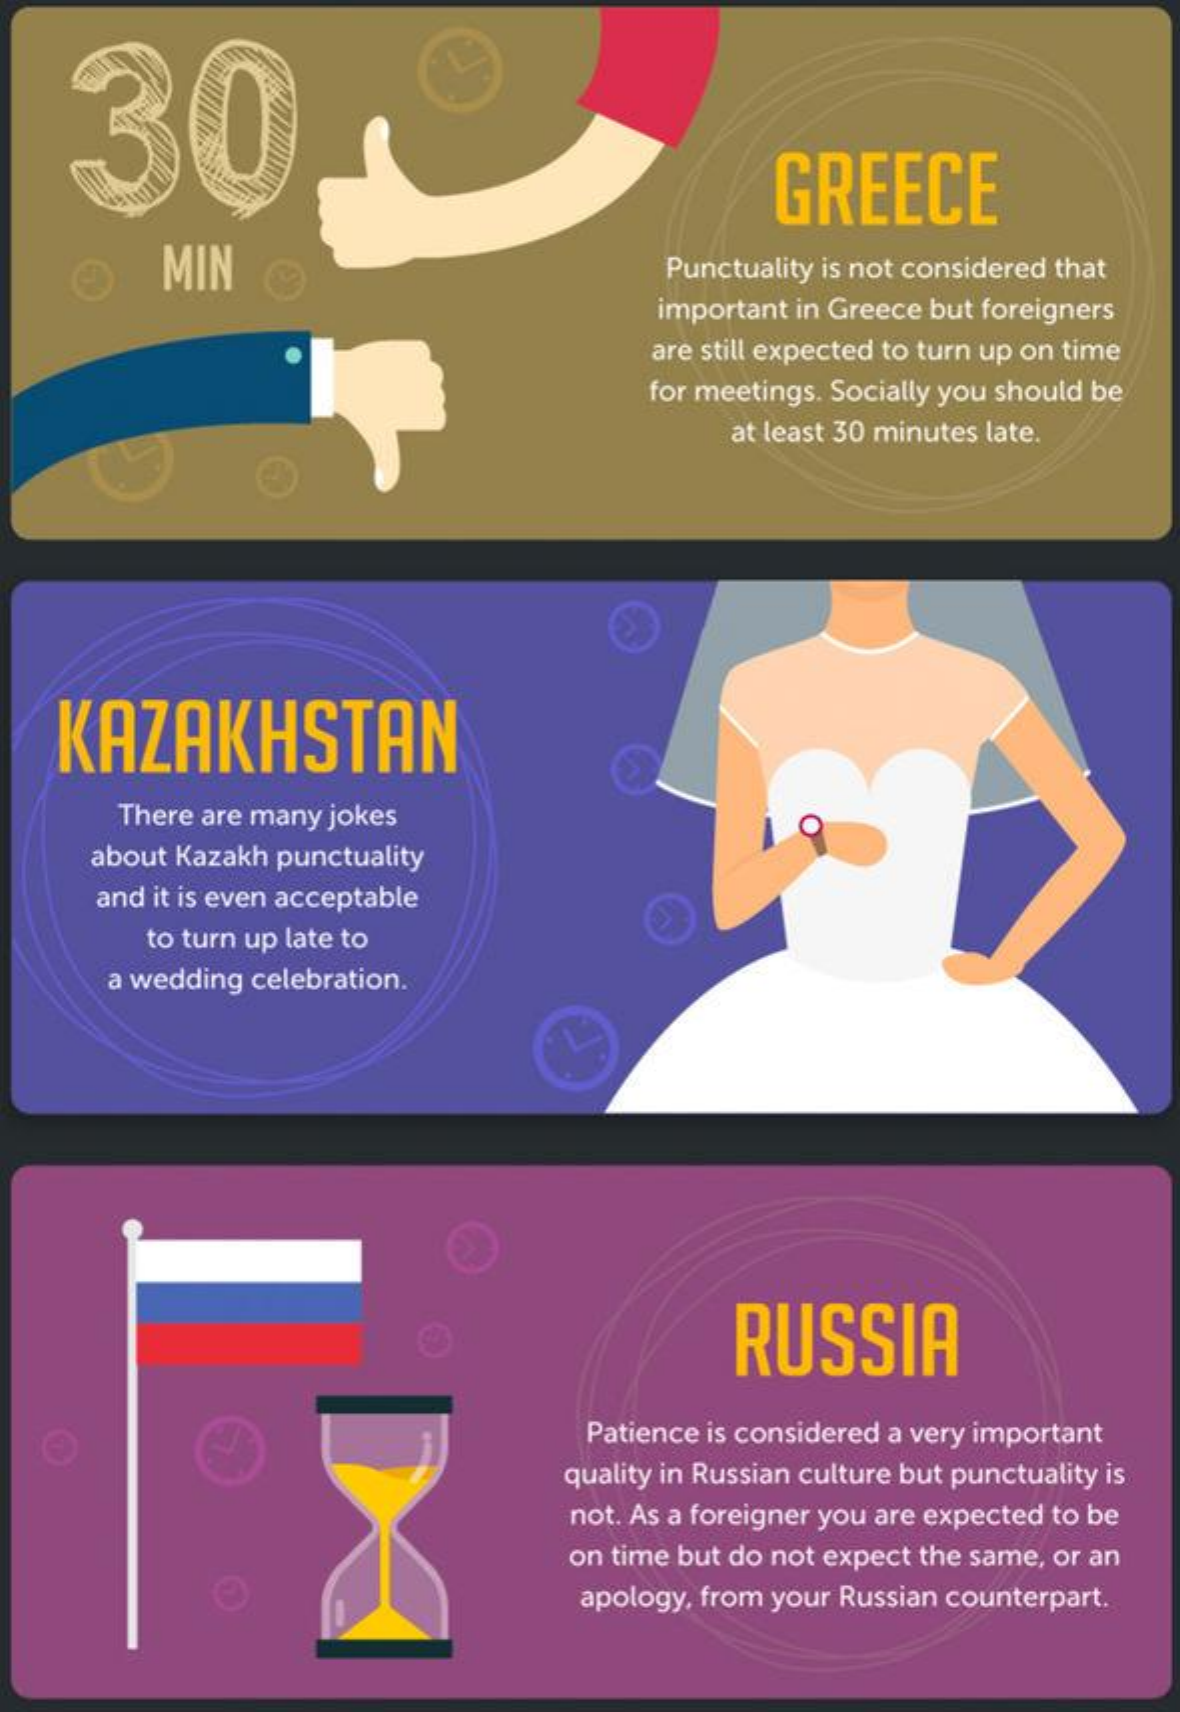
30
     GREECE
     MIN    Punctuality is not considered that
     important in Greece but foreigners
     are still expected to turn up on time
     for meetings. Socially you should be
     at least 30 minutes late.
    KAZAKHSTAN
     There are many jokes
     about Kazakh punctuality
     and it is even acceptable
     to turn up late to
     a wedding celebration.
     RUSSIA
     Patience is considered a very important
     quality in Russian culture but punctuality is
     not. As a foreigner you are expected to be
     on time but do not expect the same, or an
     apology, from your Russian counterpart.